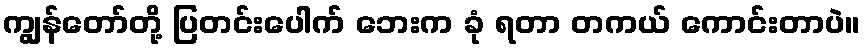
ကျွန်တော်တို့ ပြတင်းပေါက် ဘေးက ခုံ ရတာ တကယ် ကောင်းတာပဲ။